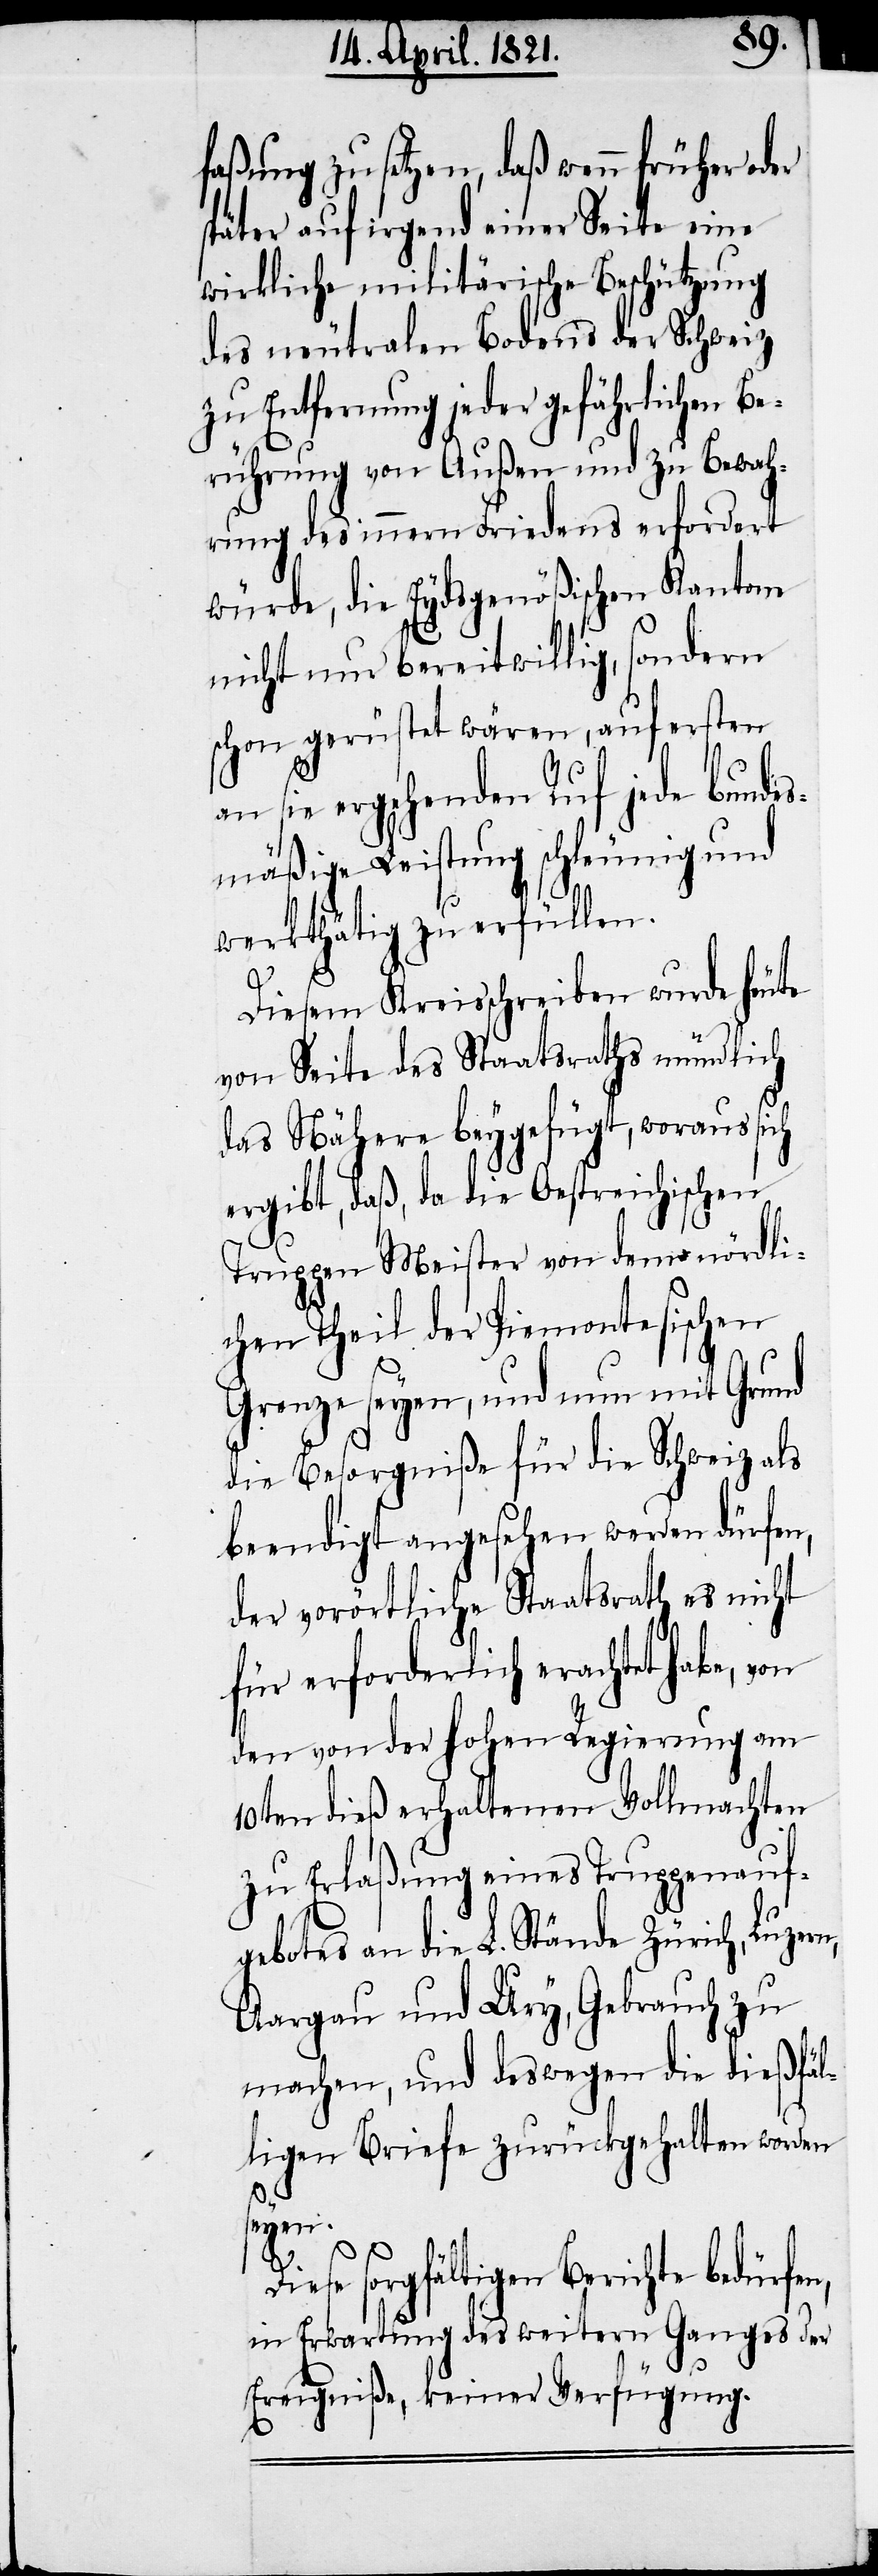
faßung zu setzen, daß wenn früher oder
später auf irgend einer Seite eine
wirkliche militärische Beschützung
des neutralen Bodens der Schweiz
zu Entfernung jeder gefährlichen B¬
erührung von Außen und zu Bewah¬
rung des innern Friedens erfordert
würde, die Eydsgenößischen Kantone
nicht nur bereitwillig, sondern
schon gerüstet wären, auf ersten
an sie ergehenden Ruf jede Bundes¬
mäßige Leistung schleunigst und
werkthätig zu erfüllen.
Diesem Kreisschreiben wurde heute
von Seite des Staatsraths mündlich
das Nähere beygefügt, woraus sich
ergibt, daß, da die Oestreichischen
Truppen Meister von dem nördli¬
chen Theil der Piemontesischen
Grenze seyen, und nun mit Grund
die Besorgniße für die Schweiz als
beendigt angesehen werden dürfen,
der vorörtliche Staatsrath es nicht
für erforderlich erachtet habe,
den von der hohen Regierung am
10ten dieß erhaltenen Vollmachten
zu Erlaßung eines Truppenauf¬
gebotes an die L. Stände Zürich, Luzer¬
Aargau und Ury, Gebrauch zu
machen, und deswegen die dießfäl¬
ligen Briefe zurückgehalten worden
seyen.
n,
Diese sorgfältigen Berichte bedürfen,
in Erwartung des weitern Gangs der
Ereigniße, keiner Verfügung.